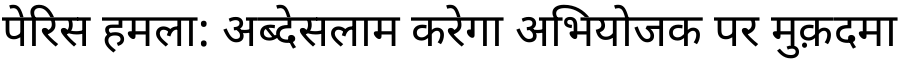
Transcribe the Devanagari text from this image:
पेरिस हमला: अब्देसलाम करेगा अभियोजक पर मुक़दमा